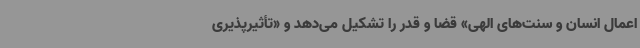
اعمال انسان و سنت‌های الهی» قضا و قدر را تشکیل می‌دهد و «تأثیرپذیری